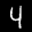
Label: 4